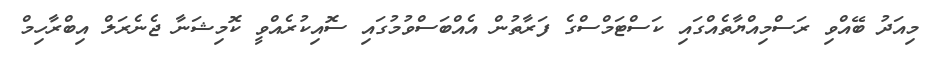
މިއަދު ބޭއްވި ރަސްމިއްޔާތެއްގައި ކަސްޓަމްސްގެ ފަރާތުން އެއްބަސްވުމުގައި ސޮއިކުރެއްވީ ކޮމިޝަނާ ޖެނެރަލް އިބްރާހިމް